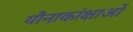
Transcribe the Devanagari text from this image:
यौनाकांक्षाओं